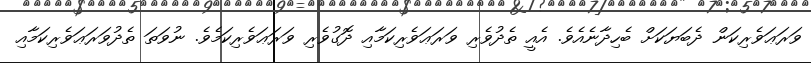
ވަރަޢަވެރިކަން ދެބަޔަކަށް ބެހިދާނެއެވެ. އެއީ ތެދުވެރި ވަރަޢަވެރިކަމާއި ދޮގުވެރި ވަރަޢަވެރިކަމެވެ. ނުވަތަ ތެދުވަރަޢަވެރިކަމާއި